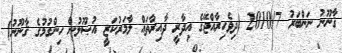
ޤާނޫނު ނަންބަރު 2010/7 (ދިވެހިރާއްޖޭގެ އިދާރީ ދާއިރާތައް ލާމަރުކަޒީ އުޞޫލުން ހިންގުމުގެ ޤާނޫނު)